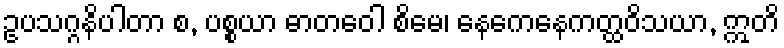
ဥပသဂ္ဂနိပါတာ စ, ပစ္စယာ ဓာတဝေါ စိမေ၊ နေကေနေကတ္ထဝိသယာ, ဣတိ